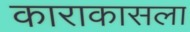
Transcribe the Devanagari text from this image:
काराकासला